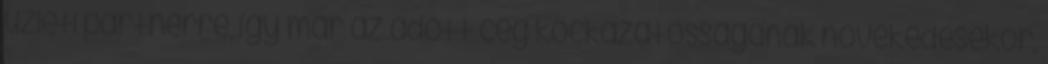
üzleti partnerre, így már az adott cég kockázatosságának növekedésekor,